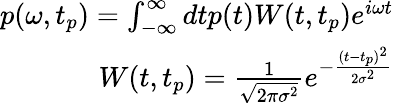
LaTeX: \begin{array}{r}{p(\omega,t_{p})=\int_{-\infty}^{\infty}dtp(t)W(t,t_{p})e^{i\omega t}}\\ {W(t,t_{p})=\frac{1}{\sqrt{2\pi\sigma^{2}}}e^{-\frac{(t-t_{p})^{2}}{2\sigma^{2}}}}\end{array}